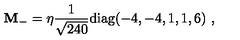
{ \bf M } _ { - } = \eta { \frac { 1 } { \sqrt { 2 4 0 } } } \mathrm { d i a g } ( - 4 , - 4 , 1 , 1 , 6 ) \ ,